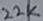
Text: 22K